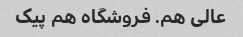
عالی هم. فروشگاه هم پیک